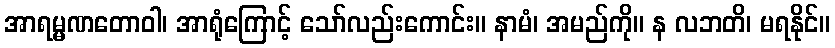
အာရမ္မဏတောဝါ၊ အာရုံကြောင့် သော်လည်းကောင်း။ နာမံ၊ အမည်ကို။ န လဘတိ၊ မရနိုင်။